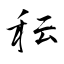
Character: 秐